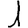
Digit: 1